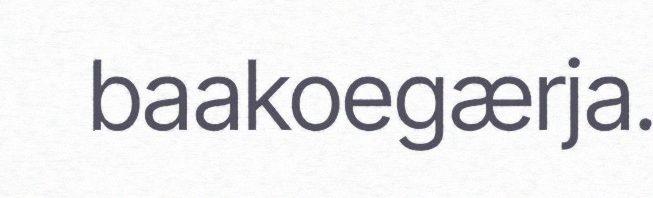
baakoegærja.